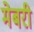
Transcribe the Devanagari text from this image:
मेबरी